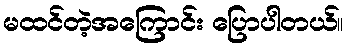
မထင်တဲ့အကြောင်း ပြောပါတယ်။